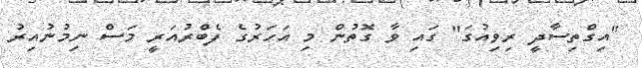
"އިގްތިސާދީ ރިވިއުގަ" ގައި ވާ ގޮތުން މި އަހަރުގެ ފެބްރުއަރީ މަސް ނިމުނުއިރު